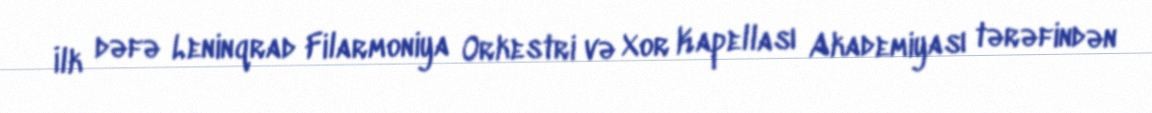
İlk dəfə Leninqrad Filarmoniya Orkestri və Xor Kapellası Akademiyası tərəfindən